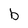
Character: b